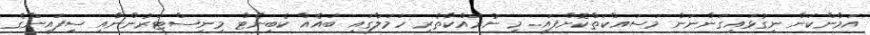
އަމާންކަން ނިގުޅައިގަންނަން މަސައްކަތްކޮށްފައި. މި ނުރައްކާތެރި ހަމަލާގައި ބައެއް ކެބިނެޓް މިނިސްޓަރުންނާއި ސިފައިންގެ